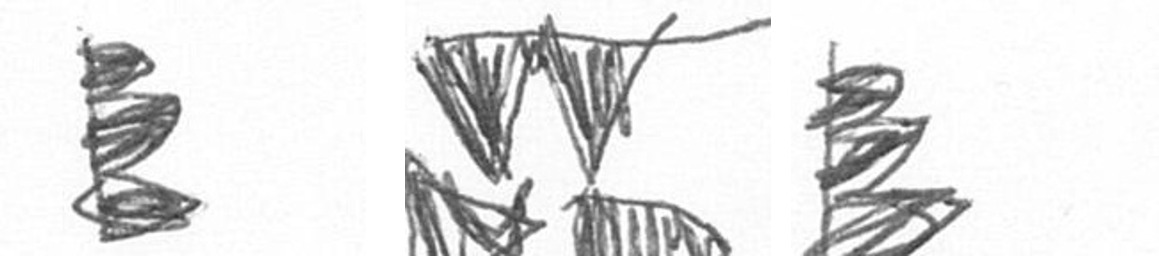
H B H